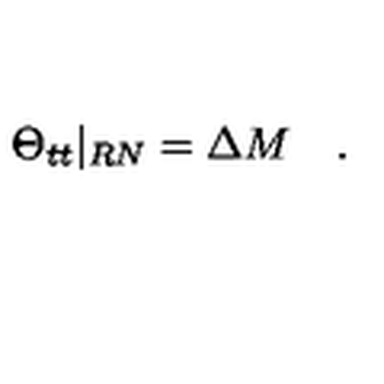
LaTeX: \Theta _ { t t } \vert _ { R N } = \Delta M \quad .